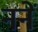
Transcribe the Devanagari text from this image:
ननें